Problem: 70 ÷ 10 = ?
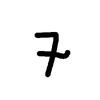
Handwritten answer: 7